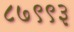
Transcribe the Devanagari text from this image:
८७९९३